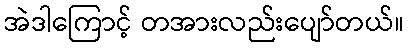
အဲဒါကြောင့် တအားလည်းပျော်တယ်။